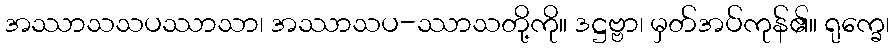
အဿာသသပဿာသာ၊ အဿာသပ-ဿာသတို့ကို။ ဒဋ္ဌဗ္ဗာ၊ မှတ်အပ်ကုန်၏။ ရုက္ခေ၊